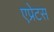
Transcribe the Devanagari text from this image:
एप्रेटस